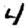
Digit: 4